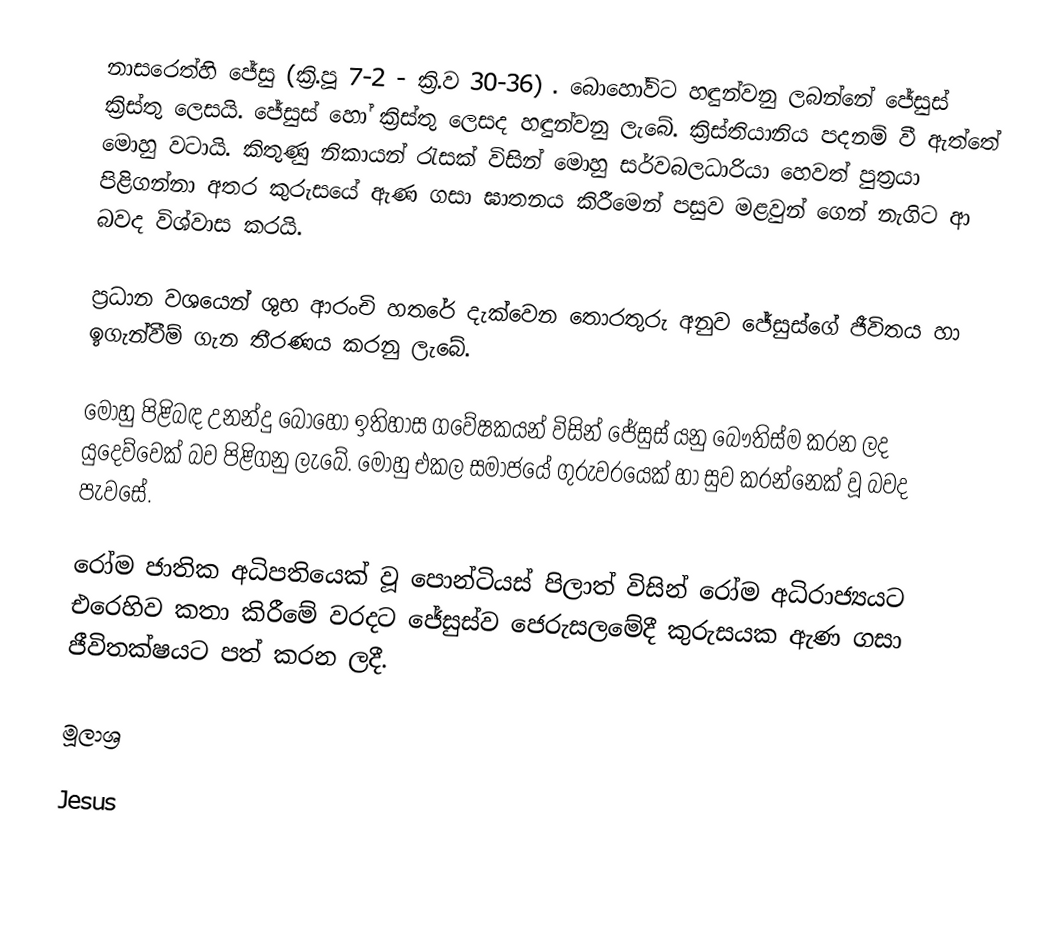
නාසරෙත්හි ජේසු (ක්‍රි.පූ 7-2 - ක්‍රි.ව 30-36) . බොහෝවිට  හඳුන්වනු ලබන්නේ ජේසුස් ක්‍රිස්තු ලෙසයි. ජේසුස් හෝ ක්‍රිස්තු ලෙසද හඳුන්වනු ලැබේ. ක්‍රිස්තියානිය පදනම් වී ඇත්තේ මොහු වටායි. කිතුණු නිකායන් රැසක් විසින් මොහු සර්වබලධාරියා හෙවත් පුත්‍රයා පිළිගන්නා අතර කුරුසයේ ඇණ ගසා ඝාතනය කිරීමෙන් පසුව මළවුන් ගෙන් නැගිට ආ බවද විශ්වාස කරයි.

ප්‍රධාන වශයෙන් ශුභ ආරංචි හතරේ දැක්වෙන තොරතුරු අනුව ජේසුස්ගේ ජීවිතය හා ඉගැන්වීම් ගැන තීරණය කරනු ලැබේ.

මොහු පිළිබඳ උනන්දු බොහෝ ඉතිහාස ගවේෂකයන් විසින් ජේසුස් යනු බෞතිස්ම කරන ලද යුදෙව්වෙක් බව පිළිගනු ලැබේ. මොහු එකල සමාජයේ ගුරුවරයෙක් හා සුව කරන්නෙක් වූ බවද පැවසේ.

රෝම ජාතික අධිපතියෙක් වූ පොන්ටියස් පිලාත් විසින් රෝම අධිරාජ්‍යයට එරෙහිව කතා කිරීමේ වරදට ජේසුස්ව ජෙරුසලමේදී කුරුසයක ඇණ ගසා ජීවිතක්ෂයට පත් කරන ලදී.

මූලාශ්‍ර

Jesus